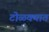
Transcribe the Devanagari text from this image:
टोळक्यात